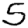
Digit: 5